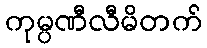
ကုမ္ပဏီလီမိတက်